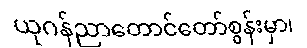
ယုဂန်ညာတောင်တော်စွန်းမှာ၊